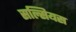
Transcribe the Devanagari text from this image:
सल्सियस